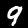
Digit: 9